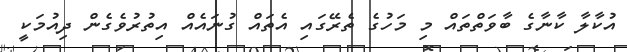
އުކާލާ ކާނާގެ ބާވަތްތައް މި މަހުގެ ތެރޭގައި އެތައް ގުނައެއް އިތުރުވެގެން ދިއުމަކީ